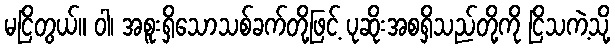
မငြိတွယ်။ ဝါ၊ အစူးရှိသောသစ်ခက်တို့ဖြင့် ပုဆိုးအစရှိသည်တို့ကို ငြိသကဲ့သို့